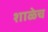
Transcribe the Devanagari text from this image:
शाळेच